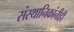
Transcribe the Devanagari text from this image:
संस्थानिकांनीही